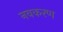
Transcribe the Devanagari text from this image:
नवकरण